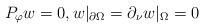
LaTeX: \begin{align*}P_{\varphi} w = 0 , w|_{\partial \Omega} = \partial_{\nu} w|_{\Omega} = 0\end{align*}